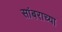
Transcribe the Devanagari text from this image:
सांबराच्या